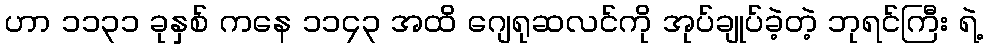
ဟာ ၁၁၃၁ ခုနှစ် ကနေ ၁၁၄၃ အထိ ဂျေရုဆလင်ကို အုပ်ချုပ်ခဲ့တဲ့ ဘုရင်ကြီး ရဲ့